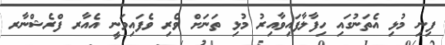
ފިނި މުޅި އެތަނުގައި ހިފާލާފައިވާއިރު މުޅި ތަނަށް ވެރި ވެފައިވަނީ އެއާރ ފްރެޝްނާރ